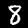
Label: 8